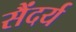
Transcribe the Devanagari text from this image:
सैंदर्य